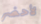
لأحضر